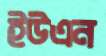
ইউএন